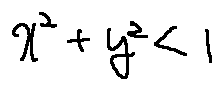
x ^ { 2 } + y ^ { 2 } < 1